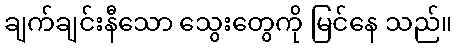
ချက်ချင်းနီသော သွေးတွေကို မြင်နေ သည်။